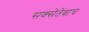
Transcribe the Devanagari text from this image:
सक्सेतेंबाच